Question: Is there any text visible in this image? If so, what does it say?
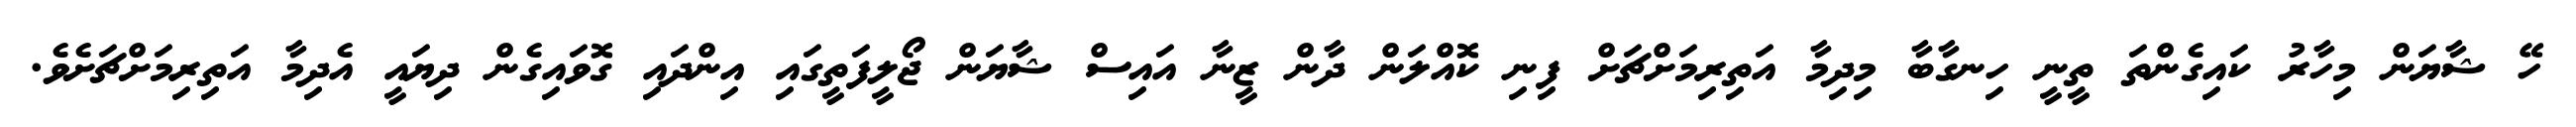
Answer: ހޭ ޝާޔަން މިހާރު ކައިގެންތަ ތީނީ ހިނގާބާ މިދިމާ އަތިރިމަށްޗަށް ފިނި ކޮއްލަން ދާން ޒީނާ އައިސް ޝާޔަން ޖޯލީފަތީގައި އިންދައި ގޮވައިގެން ދިޔައީ އެދިމާ އަތިރިމަށްޗަށެވެ.